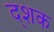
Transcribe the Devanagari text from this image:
द्शक